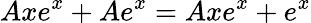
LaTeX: Axe^{x}+Ae^{x}=Axe^{x}+e^{x}